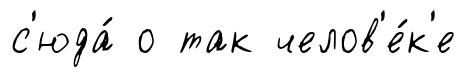
с'юда́ о так челов'е́к'е